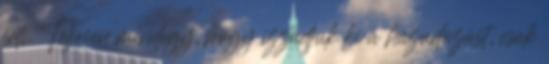
érti. Teljesen mindegy, hogy izzadjuk ki a hazudozást, csak